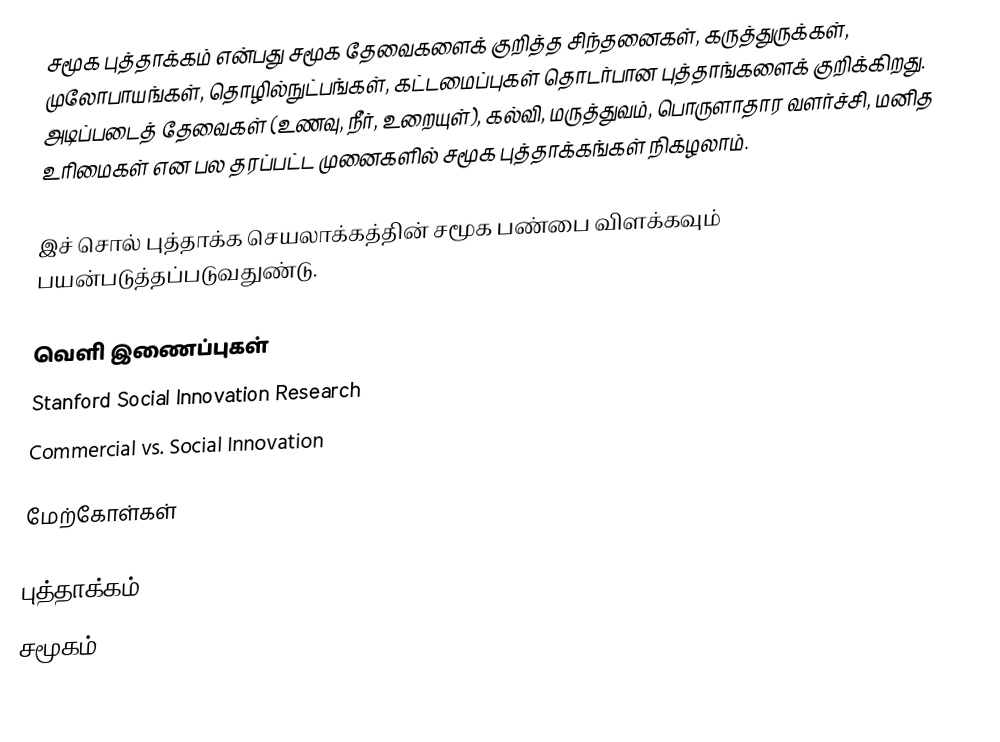
சமூக புத்தாக்கம் என்பது சமூக தேவைகளைக் குறித்த சிந்தனைகள், கருத்துருக்கள், முலோபாயங்கள், தொழில்நுட்பங்கள், கட்டமைப்புகள் தொடர்பான புத்தாங்களைக் குறிக்கிறது.  அடிப்படைத் தேவைகள் (உணவு, நீர், உறையுள்), கல்வி, மருத்துவம், பொருளாதார வளர்ச்சி, மனித உரிமைகள் என பல தரப்பட்ட முனைகளில் சமூக புத்தாக்கங்கள் நிகழலாம்.

இச் சொல் புத்தாக்க செயலாக்கத்தின் சமூக பண்பை விளக்கவும் பயன்படுத்தப்படுவதுண்டு.

வெளி இணைப்புகள்
 Stanford Social Innovation Research
 Commercial vs. Social Innovation

மேற்கோள்கள்

புத்தாக்கம்
சமூகம்